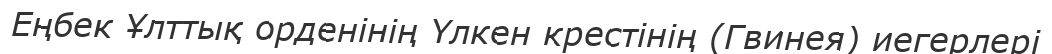
Еңбек Ұлттық орденінің Үлкен крестінің (Гвинея) иегерлері